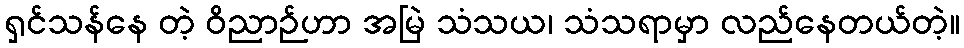
ရှင်သန်နေ တဲ့ ဝိညာဉ်ဟာ အမြဲ သံသယ၊ သံသရာမှာ လည်နေတယ်တဲ့။